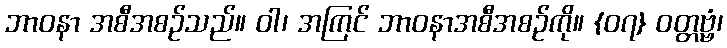
ဘာဝနာ အစီအစဉ်သည်။ ဝါ၊ အကြင် ဘာဝနာအစီအစဉ်ကို။ {၀၇} ဝတ္တဗ္ဗံ၊